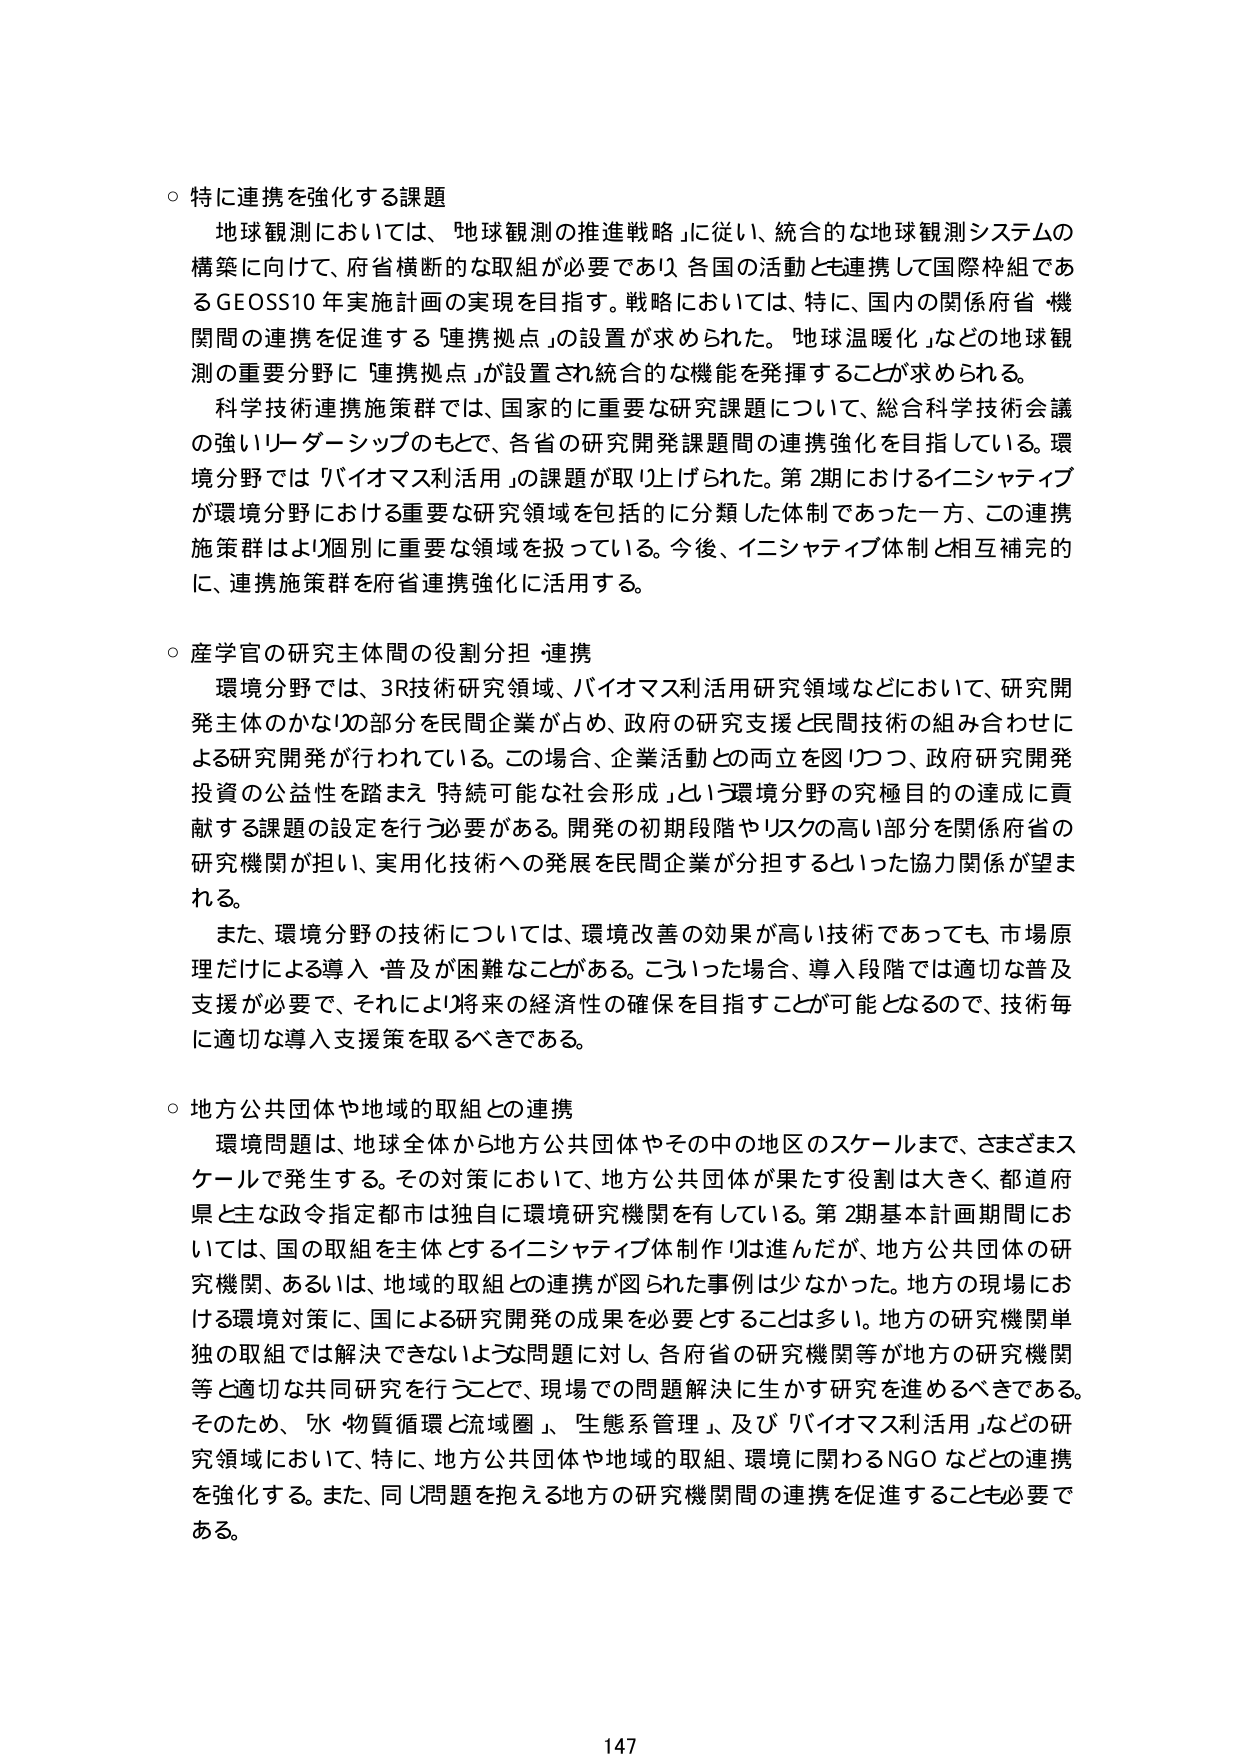
○ 特に連携を強化する課題
地球観測においては、「地球観測の推進戦略」に従い、統合的な地球観測システムの構築に向けて、府省横断的な取組が必要であり、各国の活動とも連携して国際枠組であるGEOSSTO年実施計画の実現を目指す。戦略においては、特に、国内の関係府省・機関間の連携を促進する「連携拠点」の設置が求められた。「地球温暖化」などの地球観測の重要分野に「連携拠点」が設置され統合的な機能を発揮することが求められる。
科学技術連携施策群では、国家的に重要な研究課題について、総合科学技術会議の強いリーダーシップのもとで、各省の研究開発課題間の連携強化を目指している。環境分野では「バイオマス利活用」の課題が取り上げられた。第2期におけるイニシアティブが環境分野における重要な研究領域を包括的に分類した体制であった一方、この連携施策群はより個別に重要な領域を扱っている。今後、イニシアティブ体制と相互補完的に、連携施策群を府省連携強化に活用する。

○ 産学官の研究主体間の役割分担・連携
環境分野では、3R技術研究領域、バイオマス利活用研究領域などにおいて、研究開発主体のかなりの部分を民間企業が占め、政府の研究支援と民間技術の組み合わせによる研究開発が行われている。この場合、企業活動との両立を図りつつ、政府研究開発投資の公益性を踏まえ「持続可能な社会形成」という環境分野の究極目的の達成に貢献する課題の設定を行う必要がある。開発の初期段階やリスクの高い部分を関係府省の研究機関が担い、実用化技術への発展を民間企業が分担するといった協力関係が望まれる。
また、環境分野の技術については、環境改善の効果が高い技術であっても、市場原理だけによる導入・普及が困難なことがある。こういった場合、導入段階では適切な普及支援が必要で、それにより将来の経済性の確保を目指すことが可能となるので、技術毎に適切な導入支援策を取るべきである。

○ 地方公共団体や地域的取組との連携
環境問題は、地球全体から地方公共団体やその中の地区のスケールまで、さまざまなスケールで発生する。その対策において、地方公共団体が果たす役割は大きく、都道府県と主な政令指定都市は独自に環境研究機関を有している。第2期基本計画期間においては、国の取組を主体とするイニシアティブ体制作りは進んだが、地方公共団体の研究機関、あるいは、地域的取組との連携が図られた事例は少なかった。地方の現場における環境対策に、国による研究開発の成果を必要とすることは多い。地方の研究機関単独の取組では解決できないような問題に対し、各府省の研究機関等が地方の研究機関等と適切な共同研究を行うことで、現場での問題解決に生かす研究を進めるべきである。そのため、「水・物質循環と流域圏」、「生態系管理」、及び「バイオマス利活用」などの研究領域において、特に、地方公共団体や地域的取組、環境に関わるNGOなどとの連携を強化する。また、同じ問題を抱える地方の研究機関間の連携を促進することも必要である。

147